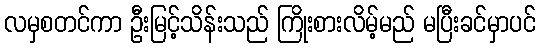
လမှစတင်ကာ ဦးမြင့်သိန်းသည် ကြိုးစားလိမ့်မည် မပြီးခင်မှာပင်